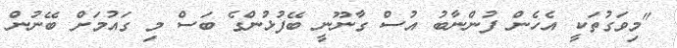
"މިވަގުތަކީ އެހެން ފުންނާބު އުސް ގާނޫނީ ބޭފުޅުންގެ ބަސް މި ގައުމަށް ބޭނުން